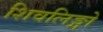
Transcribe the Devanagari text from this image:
शिवलिङ्गो